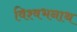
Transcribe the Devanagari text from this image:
विश्वभनाथ